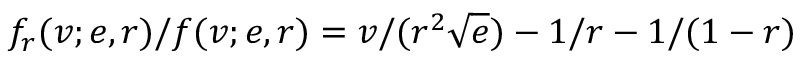
f _ { r } ( v ; e , r ) / f ( v ; e , r ) = v / ( r ^ { 2 } \sqrt { e } ) - 1 / r - 1 / ( 1 - r )